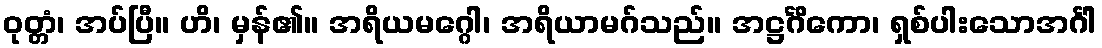
ဝုတ္တံ၊ အပ်ပြီ။ ဟိ၊ မှန်၏။ အရိယမဂ္ဂေါ၊ အရိယာမဂ်သည်။ အဋ္ဌင်္ဂိကော၊ ရှစ်ပါးသောအင်္ဂါ